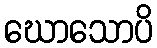
ဃောသောပိ